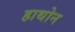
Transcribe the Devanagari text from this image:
हाथोन